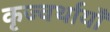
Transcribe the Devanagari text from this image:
कृज्वर्थायाँ